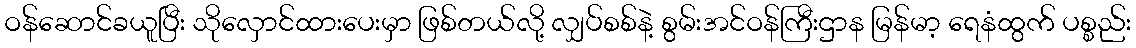
ဝန်ဆောင်ခယူပြီး သိုလှောင်ထားပေးမှာ ဖြစ်တယ်လို့ လျှပ်စစ်နဲ့ စွမ်းအင်ဝန်ကြီးဌာန မြန်မာ့ ရေနံထွက် ပစ္စည်း